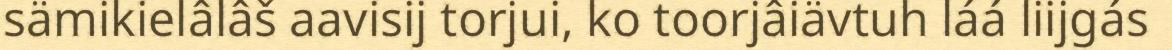
sämikielâlâš aavisij torjui, ko toorjâiävtuh láá liijgás